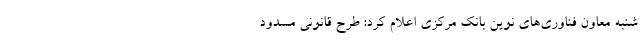
شنبه معاون فناوری‌های نوین بانک مرکزی اعلام کرد: طرح قانونی مسدود